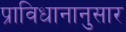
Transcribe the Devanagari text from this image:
प्राविधानानुसार